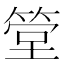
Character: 𥮶